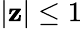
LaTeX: |\mathbf{z}|\leq1